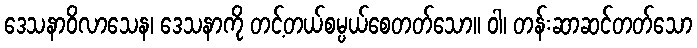
ဒေသနာဝိလာသေန၊ ဒေသနာကို တင့်တယ်စမ္ပယ်စေတတ်သော။ ဝါ၊ တန်းဆာဆင်တတ်သော